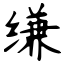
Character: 缣